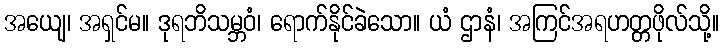
အယျေ၊ အရှင်မ။ ဒုရဘိသမ္ဘဝံ၊ ရောက်နိုင်ခဲသော။ ယံ ဌာနံ၊ အကြင်အရဟတ္တဖိုလ်သို့။